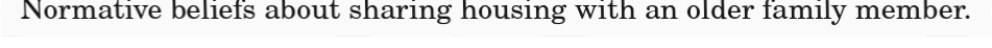
Normative beliefs about sharing housing with an older family member.